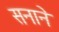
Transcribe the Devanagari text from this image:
सनाने